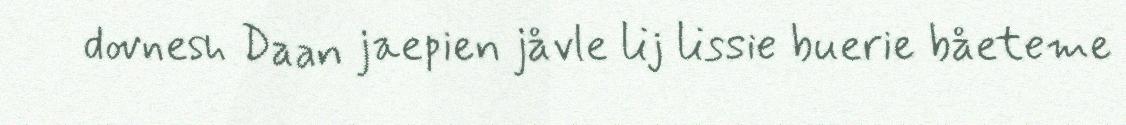
dovnesh Daan jaepien jåvle lij lissie buerie båeteme